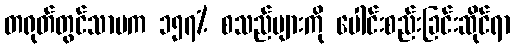
တရုတ်တွင်သာမက ၁၅၇% စသည်များကို ပေါင်းစည်းခြင်းဆိုင်ရာ